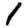
Digit: 1